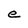
Character: e